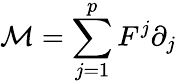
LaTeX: \mathcal M=\sum_{j=1}^{p}F^{j}\partial_{j}